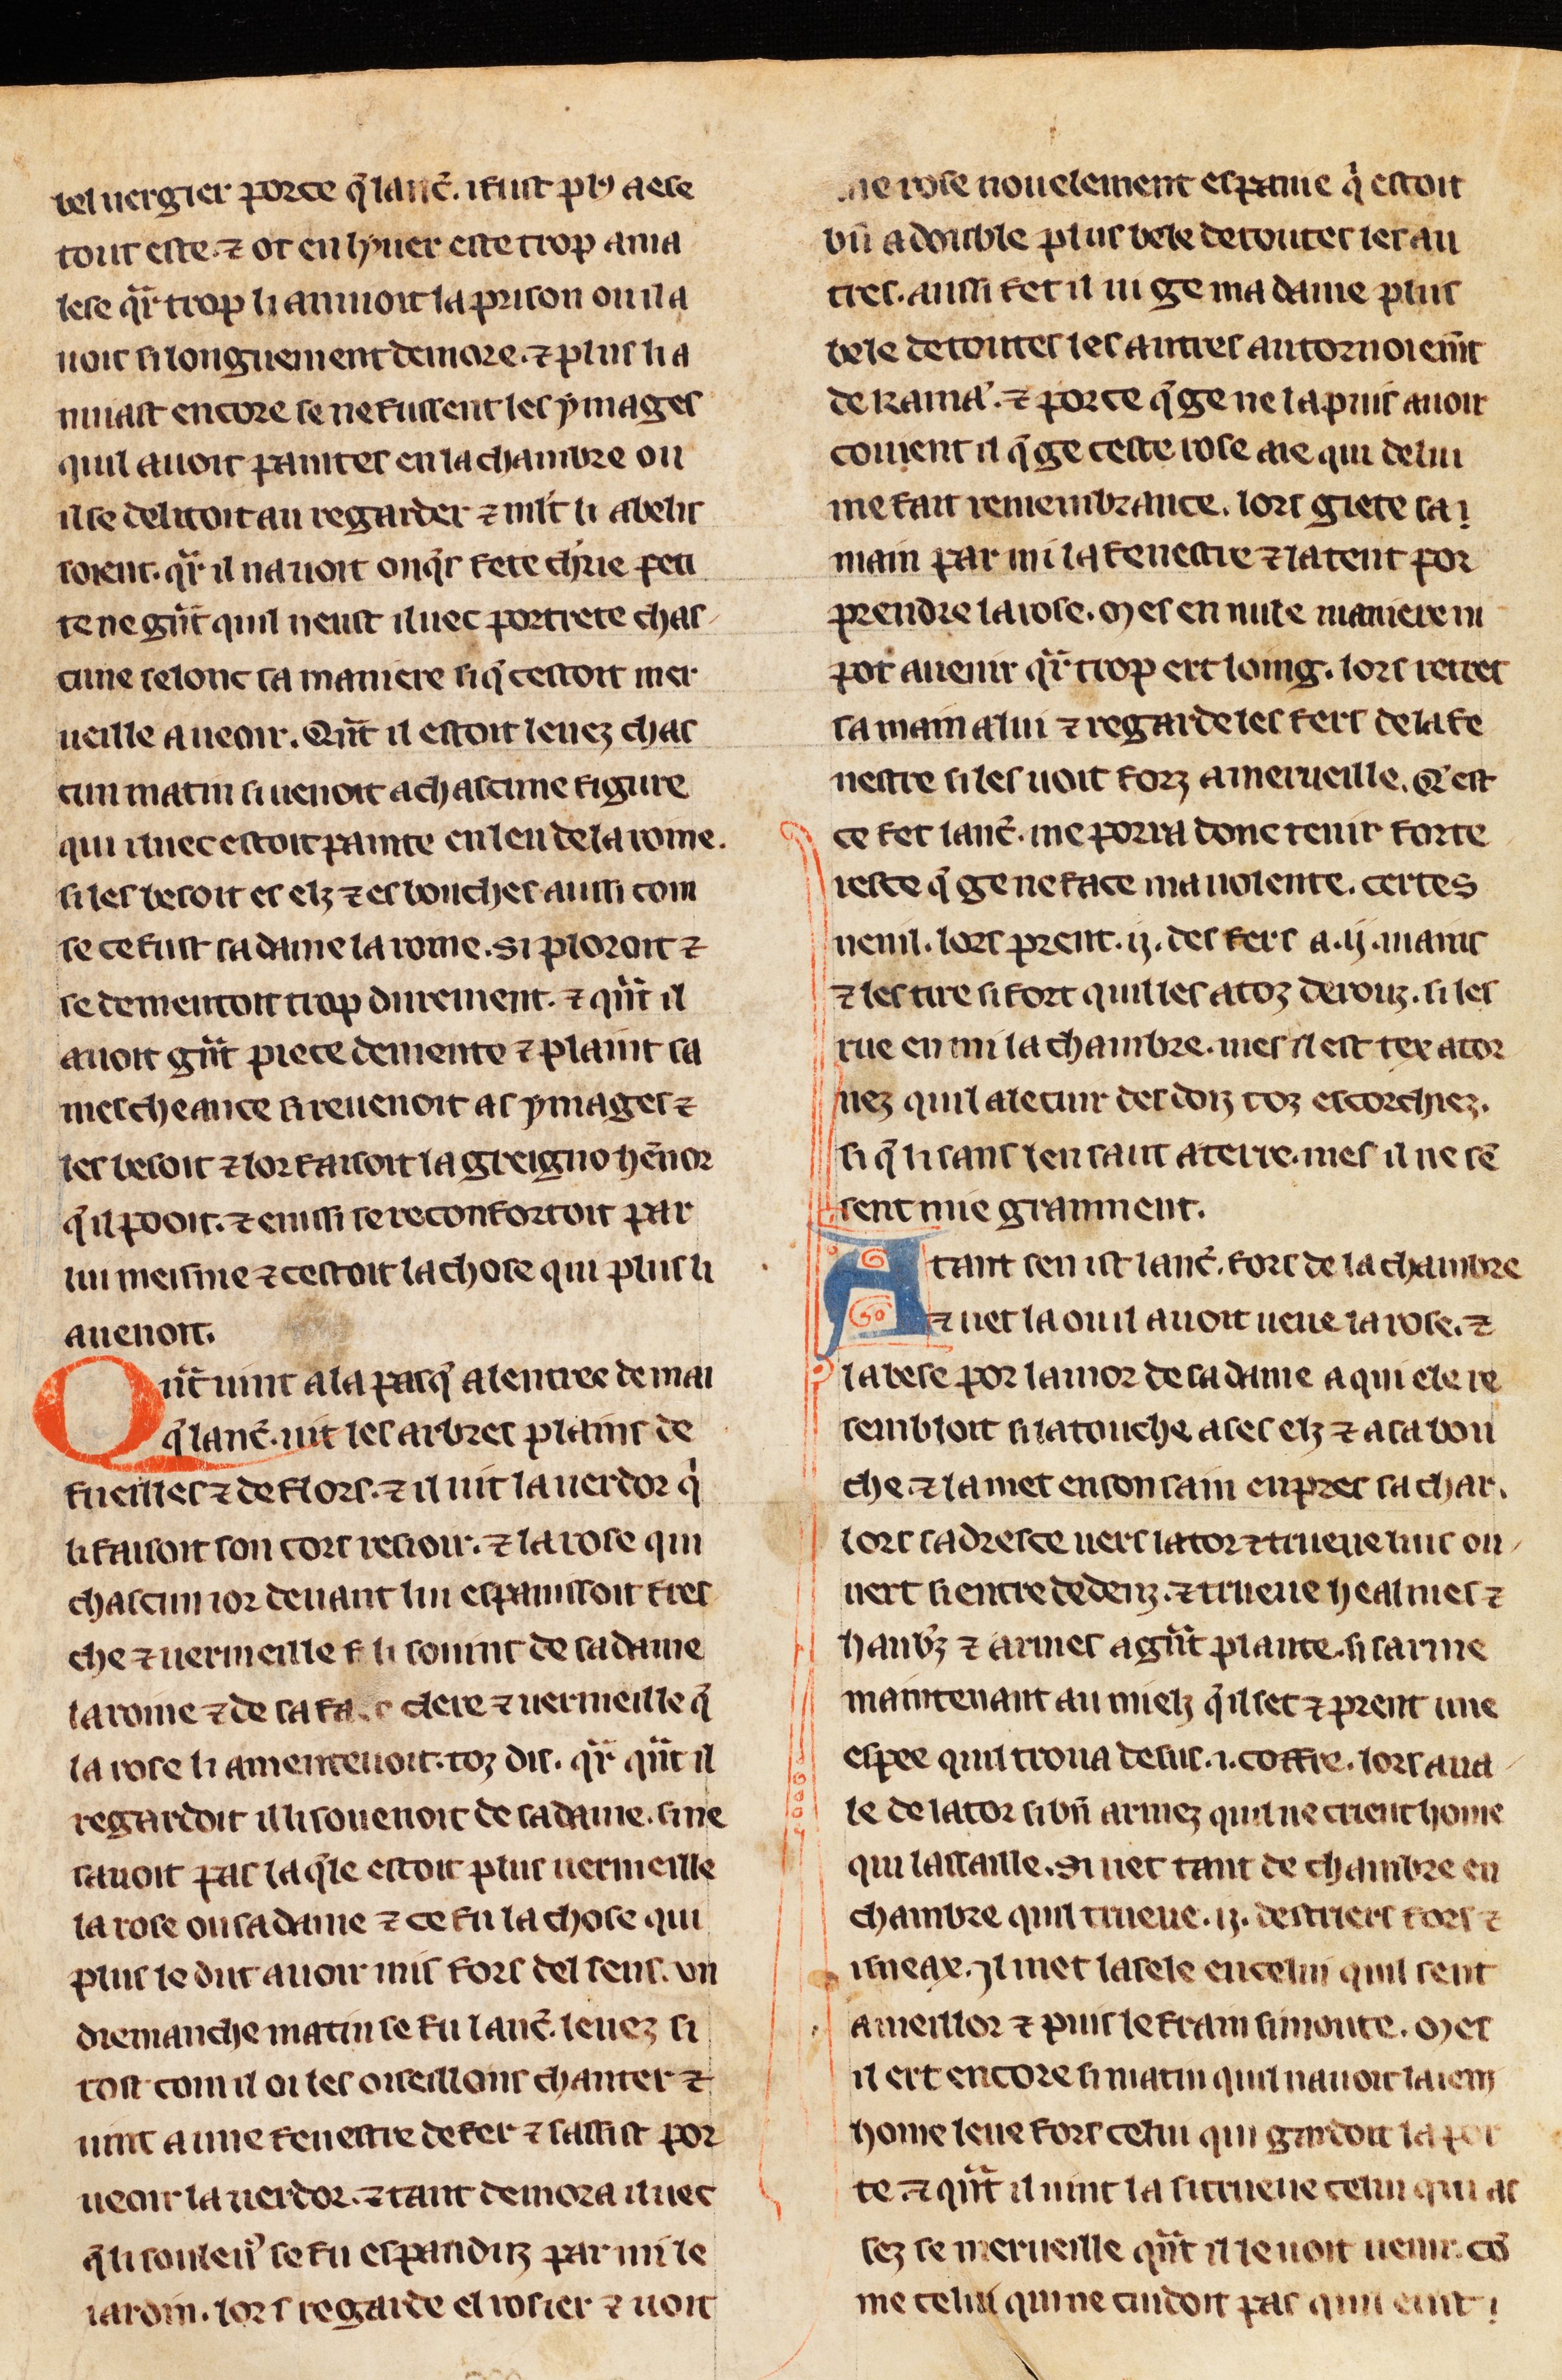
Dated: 1275–1299